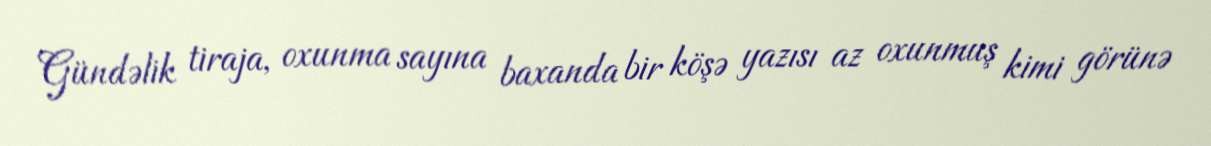
Gündəlik tiraja, oxunma sayına baxanda bir köşə yazısı az oxunmuş kimi görünə